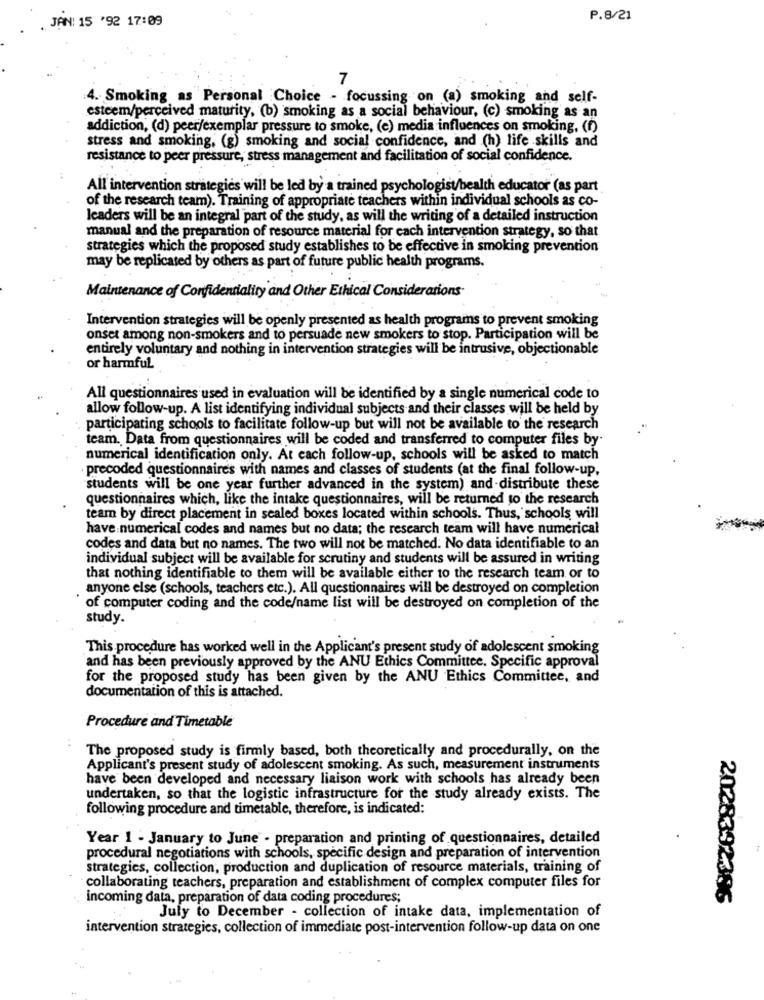
P.8/21
. JAN: 15 '92 17:09
7
4. Smoking as Personal Choice - focussing on (a) smoking and self-
esteem/perceived maturity, (b) smoking as a social behaviour, (c) smoking as an
addiction, (d) peer/exemplar pressure to smoke, (e) media influences on smoking. (f)
stress and smoking, (g) smoking and social confidence, and (h) life skills and
resistance to peer pressure, stress management and facilitation of social confidence.
All intervention strategies will be led by a trained psychologist/bealth educator (as part
of the research team). Training of appropriate teachers within individual schools as co-
leaders will be an integral part of the study, as will the writing of a detailed instruction
manual and the preparation of resource material for each intervention strategy, so that
strategies which the proposed study establishes to be effective in smoking prevention
may be replicated by others as part of future public health programs.
Maintenance of Confidentiality and Other Ethical Considerations-
Intervention strategies will be openly presented as health programs to prevent smoking
onset among non-smokers and to persuade new smokers to stop. Participation will be
entirely voluntary and nothing in intervention strategies will be intrusive, objectionable
or harmful
All questionnaires used in evaluation will be identified by a single numerical code to
allow follow-up. A list identifying individual subjects and their classes will be held by
participating schools to facilitate follow-up but will not be available to the research
team. Data from questionnaires will be coded and transferred to computer files by
numerical identification only. At each follow-up, schools will be asked to match
precoded questionnaires with names and classes of students (at the final follow-up,
students will be one year further advanced in the system) and-distribute these
questionnaires which, like the intake questionnaires, will be returned to the research
team by direct placement in sealed boxes located within schools. Thus, schools, will
have numerical codes and names but no data; the research team will have numerical
codes and data but no names. The two will not be matched. No data identifiable to an
individual subject will be available for scrutiny and students will be assured in writing
that nothing identifiable to them will be available either to the research team or to
anyone else (schools, teachers etc.). All questionnaires will be destroyed on completion
of computer coding and the code/name list will be destroyed on completion of the
study.
This procedure has worked well in the Applicant's present study of adolescent smoking
and has been previously approved by the ANU Ethics Committee. Specific approval
for the proposed study has been given by the ANU Ethics Committee, and
documentation of this is attached.
Procedure and Timetable
The proposed study is firmly based, both theoretically and procedurally, on the
Applicant's present study of adolescent smoking. As such, measurement instruments
have been developed and necessary liaison work with schools has already been
undertaken, so that the logistic infrastructure for the study already exists. The
following procedure and timetable, therefore, is indicated:
Year 1 - January to June - preparation and printing of questionnaires, detailed
procedural negotiations with schools, specific design and preparation of intervention
strategies, collection, production and duplication of resource materials, training of
collaborating teachers, preparation and establishment of complex computer files for
incoming data, preparation of data coding procedures;
2028392396
July to December - collection of intake data, implementation of
intervention strategies, collection of immediate post-intervention follow-up data on one